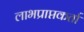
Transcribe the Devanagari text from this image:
लाभप्राप्तकर्ता